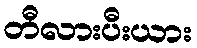
တီလားပီးယား